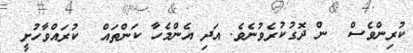
ކުރިންވެސް  ން ދޮގުކުރެވުނެވެ. އަދި އެންމެހާ ކަންތައް  ކުރައްވާހުށީ